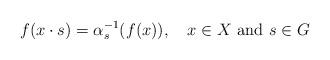
LaTeX: \begin{align*}f(x\cdot s) = \alpha_{s}^{-1}(f(x)), \quad x\in X \textrm{ and } s\in G\end{align*}